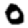
Digit: 0